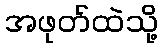
အဖုတ်ထဲသို့